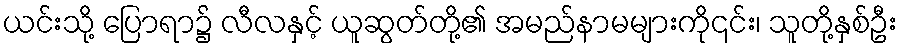
ယင်းသို့ ပြောရာ၌ လီလနှင့် ယူဆွတ်တို့၏ အမည်နာမများကို၎င်း၊ သူတို့နှစ်ဦး